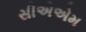
સીએએમ